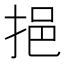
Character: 挹